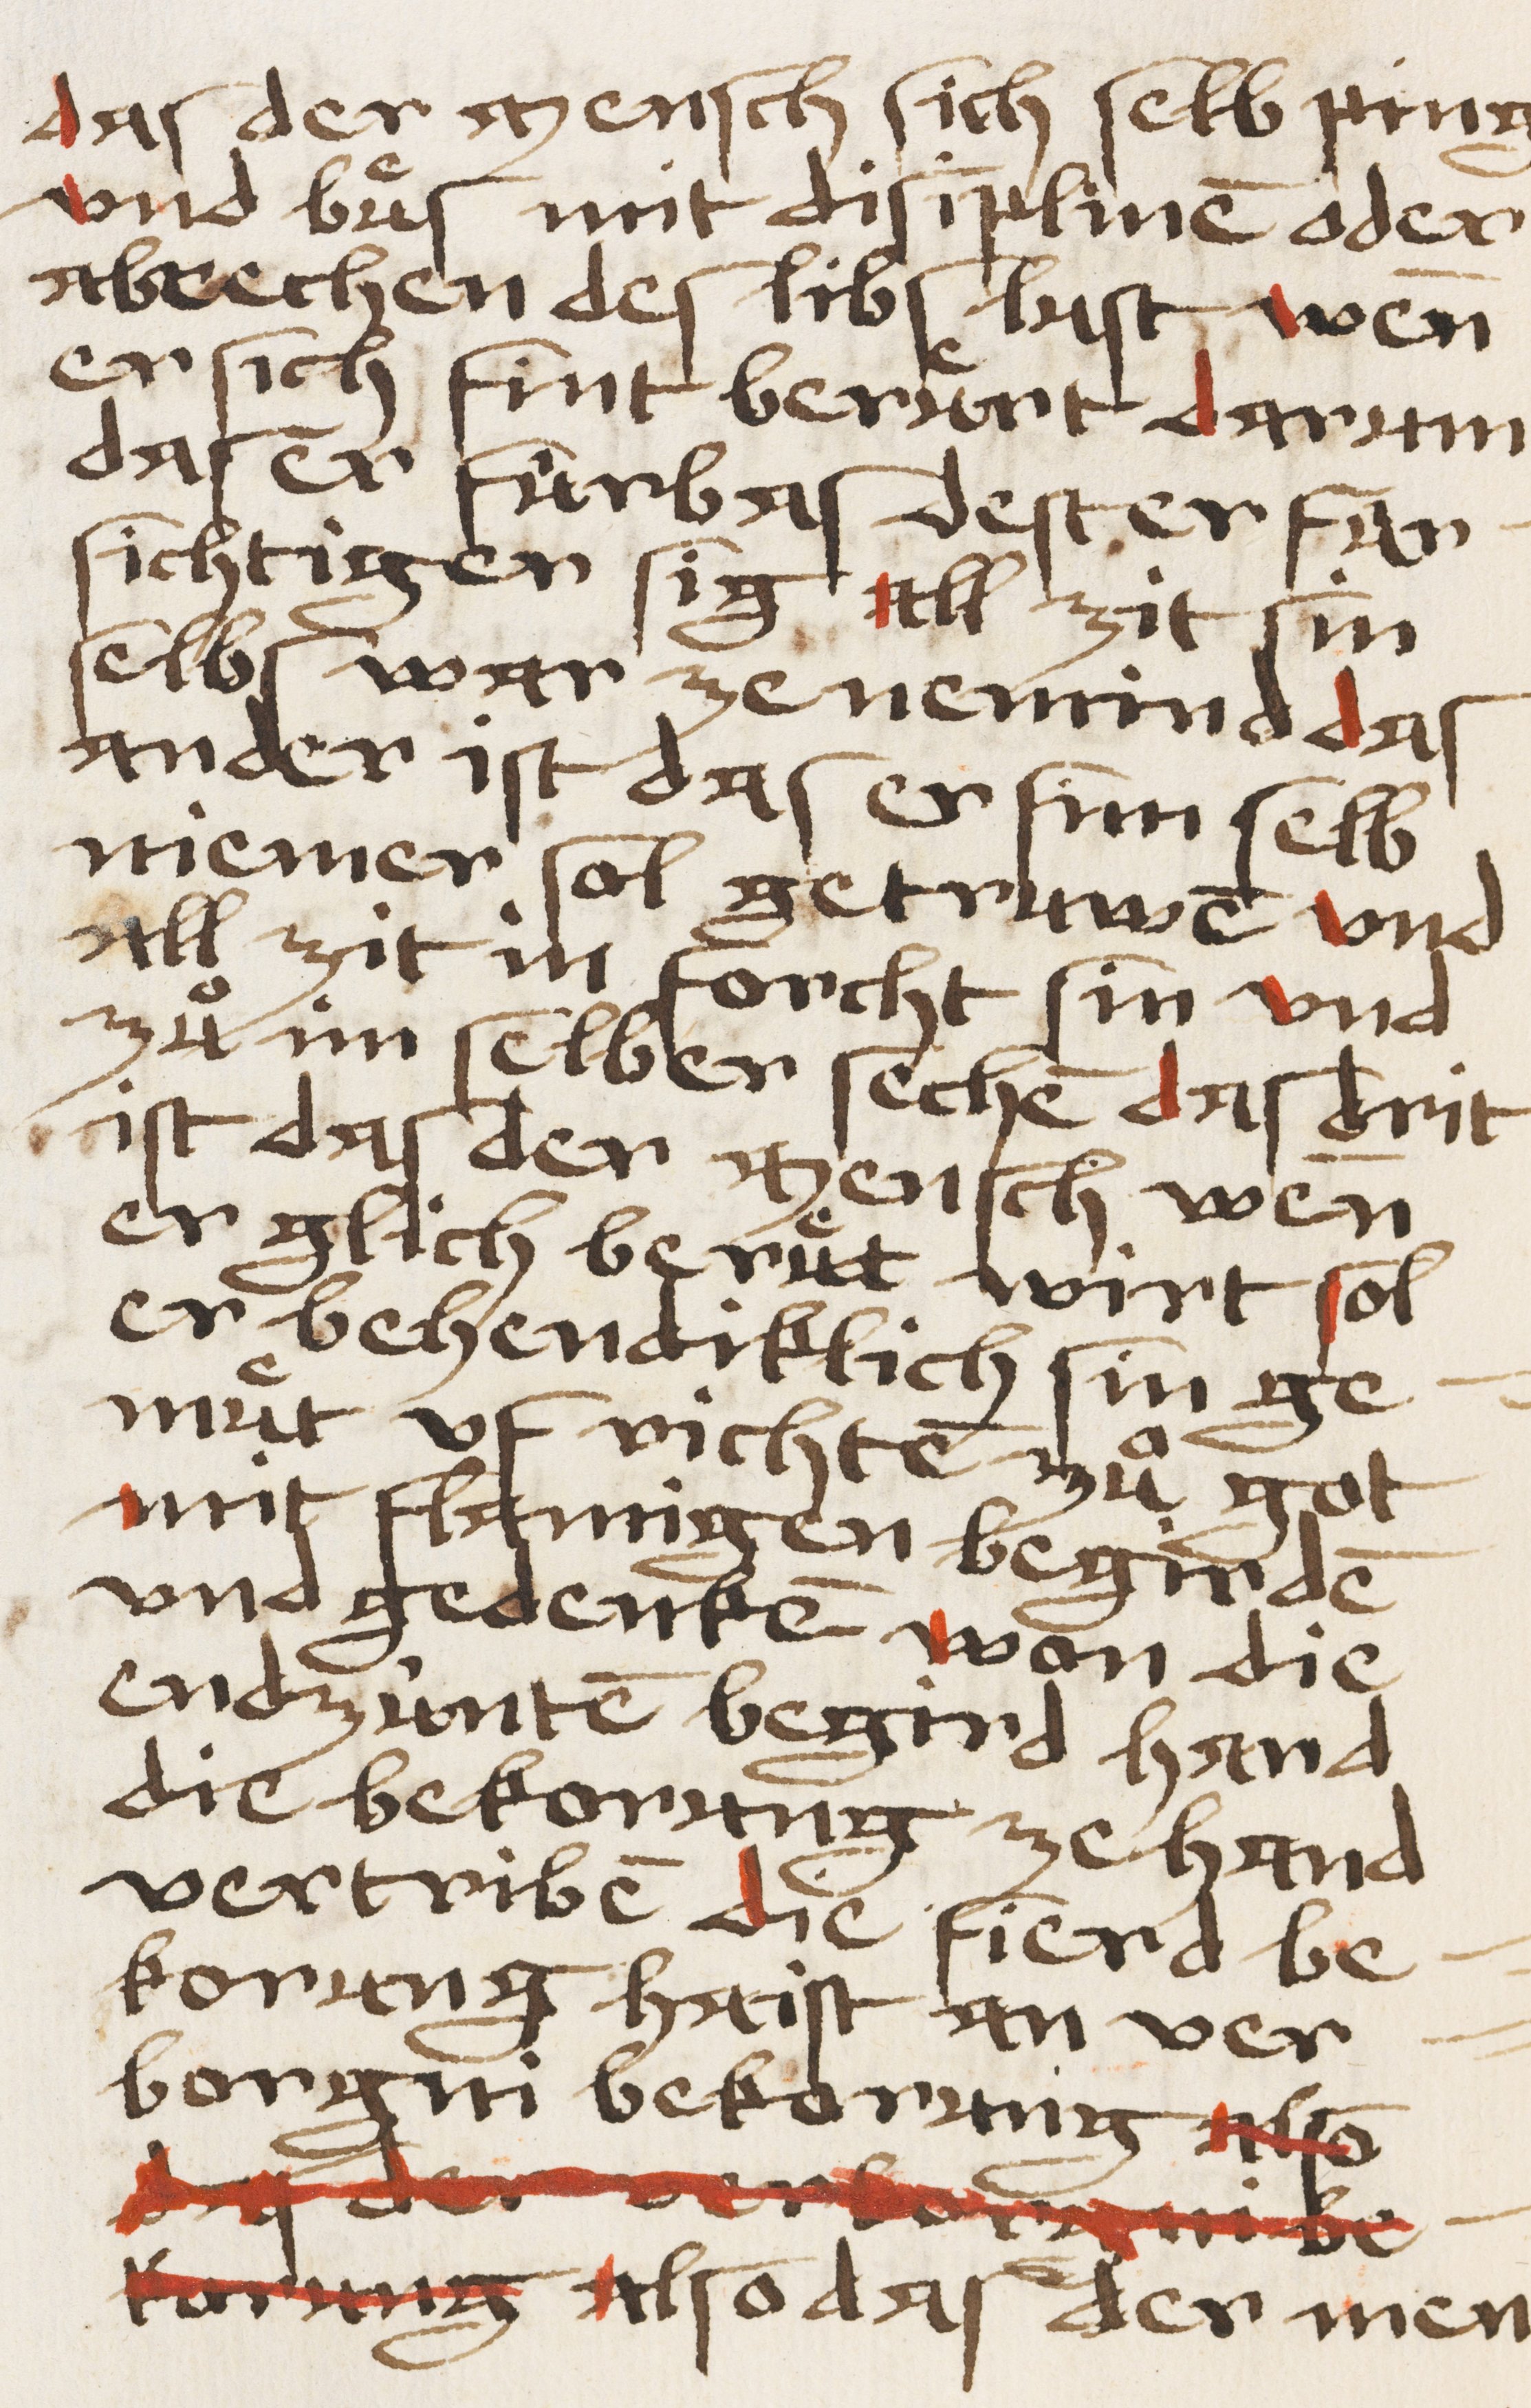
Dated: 1450–1499